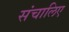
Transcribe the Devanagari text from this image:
संचालिए